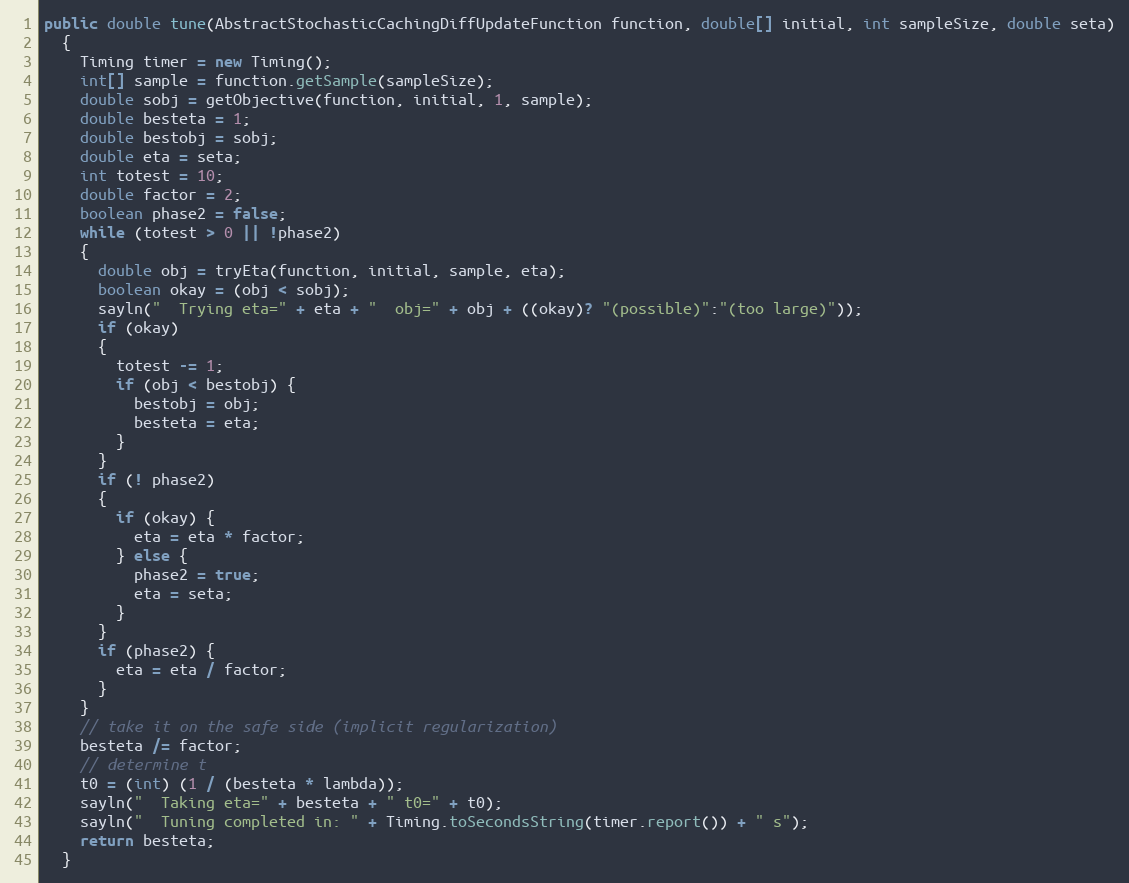
Language: Java
public double tune(AbstractStochasticCachingDiffUpdateFunction function, double[] initial, int sampleSize, double seta)
  {
    Timing timer = new Timing();
    int[] sample = function.getSample(sampleSize);
    double sobj = getObjective(function, initial, 1, sample);
    double besteta = 1;
    double bestobj = sobj;
    double eta = seta;
    int totest = 10;
    double factor = 2;
    boolean phase2 = false;
    while (totest > 0 || !phase2)
    {
      double obj = tryEta(function, initial, sample, eta);
      boolean okay = (obj < sobj);
      sayln("  Trying eta=" + eta + "  obj=" + obj + ((okay)? "(possible)":"(too large)"));
      if (okay)
      {
        totest -= 1;
        if (obj < bestobj) {
          bestobj = obj;
          besteta = eta;
        }
      }
      if (! phase2)
      {
        if (okay) {
          eta = eta * factor;
        } else {
          phase2 = true;
          eta = seta;
        }
      }
      if (phase2) {
        eta = eta / factor;
      }
    }
    // take it on the safe side (implicit regularization)
    besteta /= factor;
    // determine t
    t0 = (int) (1 / (besteta * lambda));
    sayln("  Taking eta=" + besteta + " t0=" + t0);
    sayln("  Tuning completed in: " + Timing.toSecondsString(timer.report()) + " s");
    return besteta;
  }